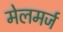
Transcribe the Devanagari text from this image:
मेलमर्ज